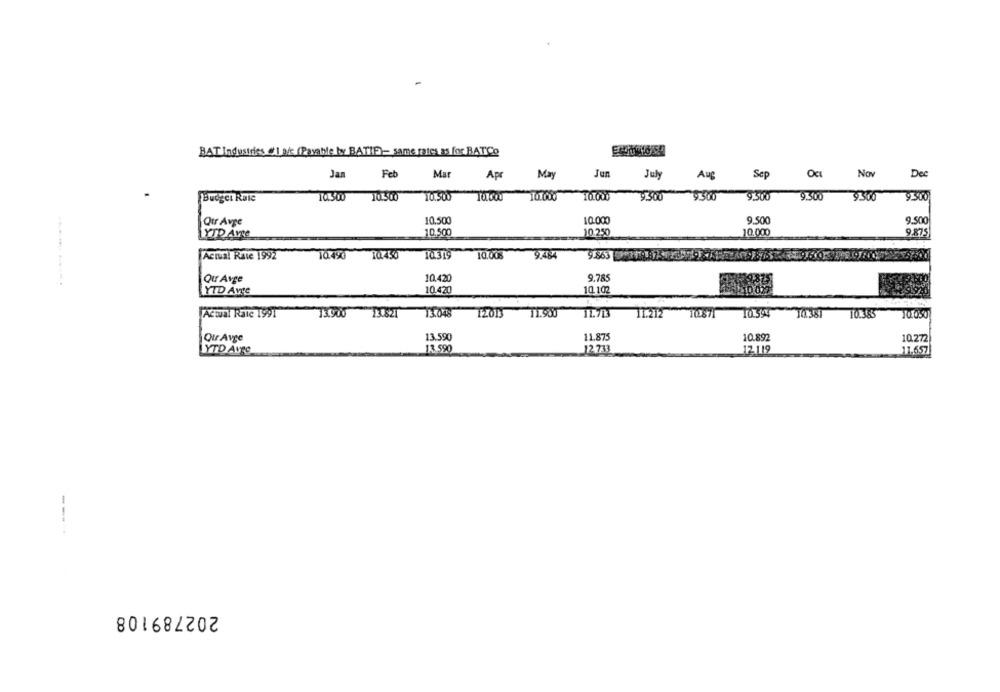
BAT Industries, "1 a/c (Payable by BATIF)- same rates as for BATCO
Jan
Feb
Jun
Nov
Dec
Mar
Apr
May
July
Aug
Sep
Budget Rate
10.500
10.500
10.500
TO 000
10.000
9.300
9500
9.300
9,500
9300
9.900
Qur Avge
10.500
10.000
9.500
9.500
YTD AVIS
10.500
10.250
10.000
9.875
Actual Rate 1992
10450
10.450
10.319
10.003
9.484
10.420
9.785
Qur Avge
YTD Avge
10.420
10,102
Actual Rate 1991
13.900 13.821
11048
12013 11.900
11.212 10871
10.594
10.365
10.050
Our Avge
13.590
11.875
10.892
10.272
YTD Aufe
13.590
12.733
12.119
11.657
---
202789108